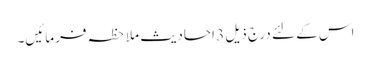
اس کے لئے درج ذیل 3 احادیث ملاحظہ فرمائیں۔